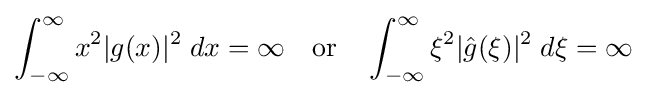
\int _{-\infty }^{\infty }x^{2}|g(x)|^{2}\;dx=\infty \quad {\textrm {or}}\quad \int _{-\infty }^{\infty }\xi ^{2}|{\hat {g}}(\xi )|^{2}\;d\xi =\infty